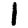
Digit: 1